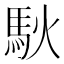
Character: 𫘉